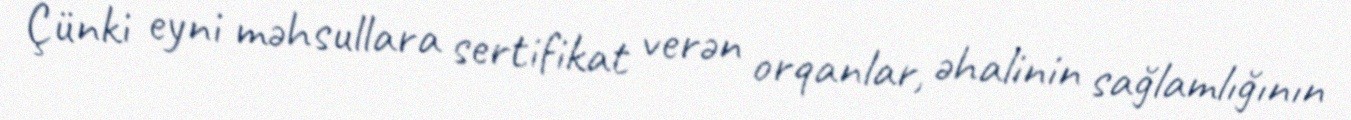
Çünki eyni məhsullara sertifikat verən orqanlar, əhalinin sağlamlığının